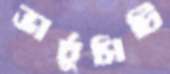
ভার্চুসিটি